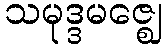
သမုဒ္ဒမဇ္ဈေ